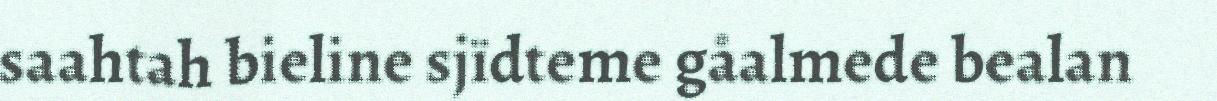
saahtah bieline sjïdteme gåalmede bealan